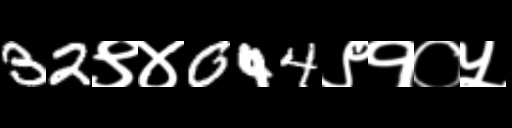
Text: 32९४044९१०५